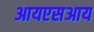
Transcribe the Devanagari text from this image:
आयएसआय